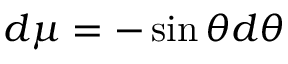
d \mu = - \sin \theta d \theta